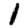
Digit: 1